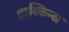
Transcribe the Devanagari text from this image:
हास्किन्स